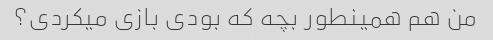
من هم همینطور بچه که بودی بازی میکردی؟